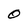
Character: 0